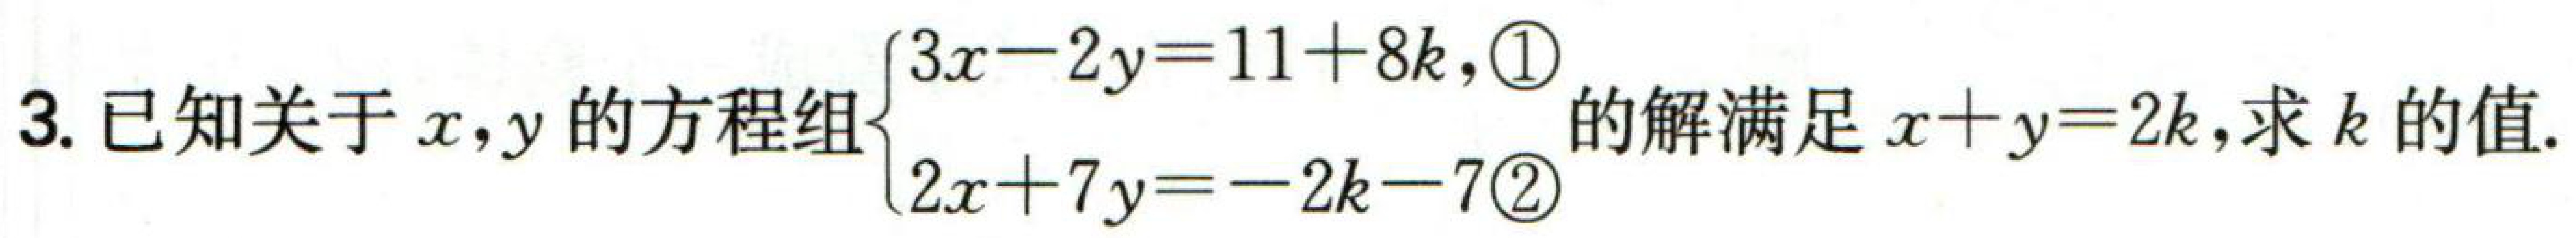
3. 已知关于\(x,y\)的方程组\(\begin{cases}3x - 2y = 11 + 8k,\textcircled{1}\\2x + 7y = - 2k - 7\textcircled{2}\end{cases}\)的解满足\(x + y = 2k\),求\(k\)的值.